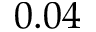
0 . 0 4